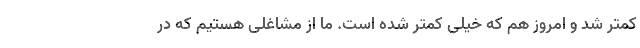
کمتر شد و امروز هم که خیلی کمتر شده است. ما از مشاغلی هستیم که در